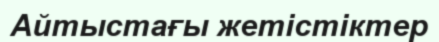
Айтыстағы жетістіктер